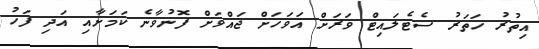
އިތުރު ހަތަރު ސެޓެލައިޓް ވަރަށް އަވަހަށް ޖައްވަށް ފޮނުވާނެ ކަމަށާއި އަދި ފަހު